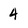
Character: 4